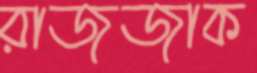
রাজজাক